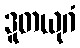
ဒူတယုဂံ